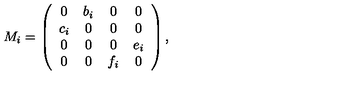
M _ { i } = \left( \begin{array} { c c c c } { 0 } & { b _ { i } } & { 0 } & { 0 } \\ { c _ { i } } & { 0 } & { 0 } & { 0 } \\ { 0 } & { 0 } & { 0 } & { e _ { i } } \\ { 0 } & { 0 } & { f _ { i } } & { 0 } \\ \end{array} \right) ,